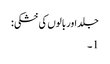
جلد اور بالوں کی خشکی:
1۔